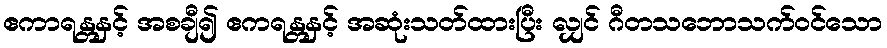
ဧကာရန္တနှင့် အစချီ၍ ဧကရန္တနှင့် အဆုံးသတ်ထားပြီး လျှင် ဂီတသဘောသက်ဝင်သော